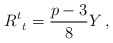
\begin{align*}R^t_{\ t} = \frac{p-3}{8} Y \,,\end{align*}